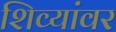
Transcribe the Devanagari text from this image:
शिव्यांवर